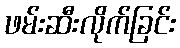
ဖမ်းဆီးလိုက်ခြင်း